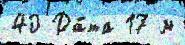
40 Да́та 17 м